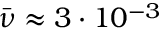
\Bar { \nu } \approx 3 \cdot 1 0 ^ { - 3 }